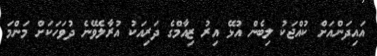
އައިދަންއަށް ކުއްޖަކު ލިބެން އުޅޭ އިރު ޒިއާމްގެ ދަރިއަކު އުރާލެވޭނެ ދުވަހަކަށް މަންމަ